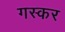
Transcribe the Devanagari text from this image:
गस्कर